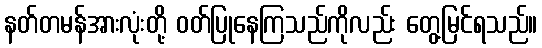
နတ်တမန်အားလုံးတို့ ဝတ်ပြုနေကြသည်ကိုလည်း တွေ့မြင်ရသည်။